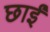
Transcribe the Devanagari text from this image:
छाईं